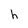
Character: h